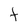
Character: t